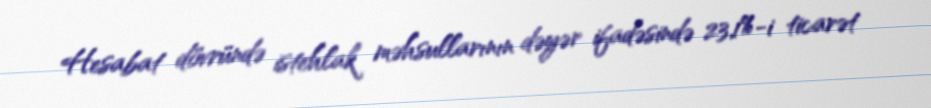
Hesabat dövründə istehlak məhsullarının dəyər ifadəsində 23,1%-i ticarət